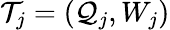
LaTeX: \mathcal{T}_{j}=(\mathcal{Q}_{j},W_{j})